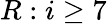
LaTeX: R:i\geq 7